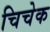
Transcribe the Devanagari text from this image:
चिचेक